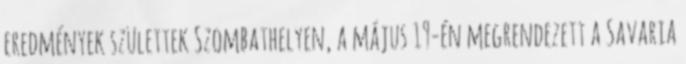
eredmények születtek Szombathelyen, a május 19-én megrendezett a Savaria